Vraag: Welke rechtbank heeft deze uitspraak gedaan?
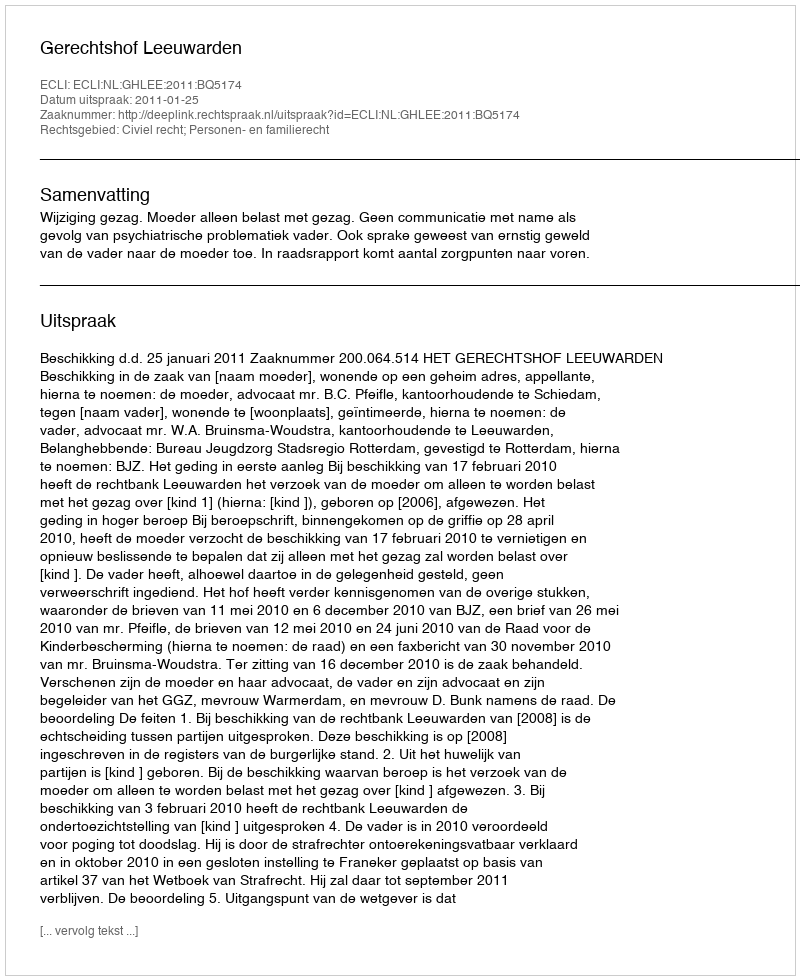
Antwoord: Gerechtshof Leeuwarden